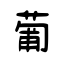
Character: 葡